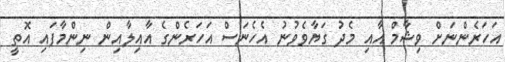
އަހަރެންނަށް ވިޝާމް އާއި މެދު ގަޔާވެވުނު އެހެނަސް އަހަރެންގެ އާއިލާއިން ނިންމާފައި އޮތީ